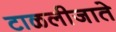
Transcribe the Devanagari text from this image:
टाळलीजाते